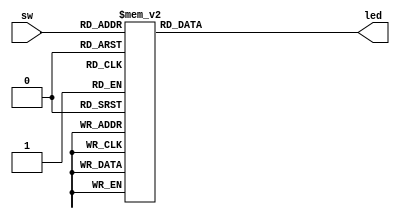
//********************************************************
//
//   Copyright(c)2016, STEP FPGA 
//   All rights reserved
//
//   Module name     :   decode38

//   Data            :   2016/08/23

//   Version         :   V1.0
//   Description       3_8 decoder
//
//   Modification history
//   ----------------------------------------------------------------------------
// Version       Data(2016/08/23)   V1.0
// Description
//
//********************************************************
//
//
//*******************
//DEFINE MODULE PORT  
//*******************
module decode38
(
	//INPUT
	sw            ,
	
	//OUTPUT
	led
);

	//*******************
	//DEFINE INPUT
	//*******************
	input   [2:0]       sw			;    


	//*******************
	//DEFINE OUTPUT
	//*******************
	output  [7:0]    	led      	;     

	//********************
	//OUTPUT ATTRIBUTE
	//********************  

	//WIRES
	reg  [7:0]      	led1			;    
	
	integer 			i			;

	//*********************
	//MAIN CORE
	//*********************

	//Plan A
	always @ (sw)
	begin
		case(sw)
			3'b000:	led1=8'b10000000;
			3'b001:	led1=8'b01000000;
			3'b010:	led1=8'b00100000;
			3'b011:	led1=8'b00010000;
			3'b100:	led1=8'b00001000;
			3'b101:	led1=8'b00000100;
			3'b110: led1=8'b00000010;
			3'b111:	led1=8'b00000001;
		endcase
	end
	assign led=led1;
	/*	
	//Plan B
	assign led[0]=~(~a[2]&~a[1]&~a[0]);
	assign led[1]=~(~a[2]&~a[1]& a[0]);
	assign led[2]=~(~a[2]& a[1]&~a[0]);
	assign led[3]=~(~a[2]& a[1]& a[0]);
	assign led[4]=~( a[2]&~a[1]&~a[0]);
	assign led[5]=~( a[2]&~a[1]& a[0]);
	assign led[6]=~( a[2]& a[1]&~a[0]);
	assign led[7]=~( a[2]& a[1]& a[0]);
	*/
endmodule